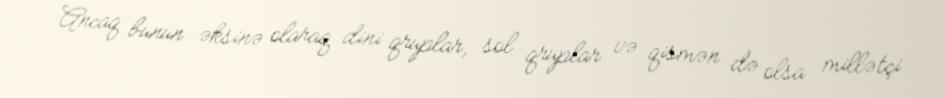
Ancaq bunun əksinə olaraq dini qruplar, sol qruplar və qismən də olsa millətçi